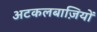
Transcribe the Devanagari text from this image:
अटकलबाज़ियों